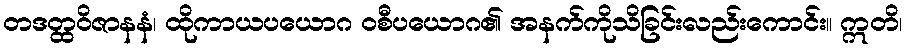
တဒတ္ထဝိဇာနနံ၊ ထိုကာယပယောဂ ဝစီပယောဂ၏ အနက်ကိုသိခြင်းလည်းကောင်း။ ဣတိ၊